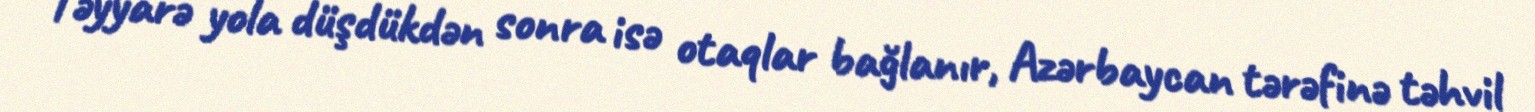
Təyyarə yola düşdükdən sonra isə otaqlar bağlanır, Azərbaycan tərəfinə təhvil